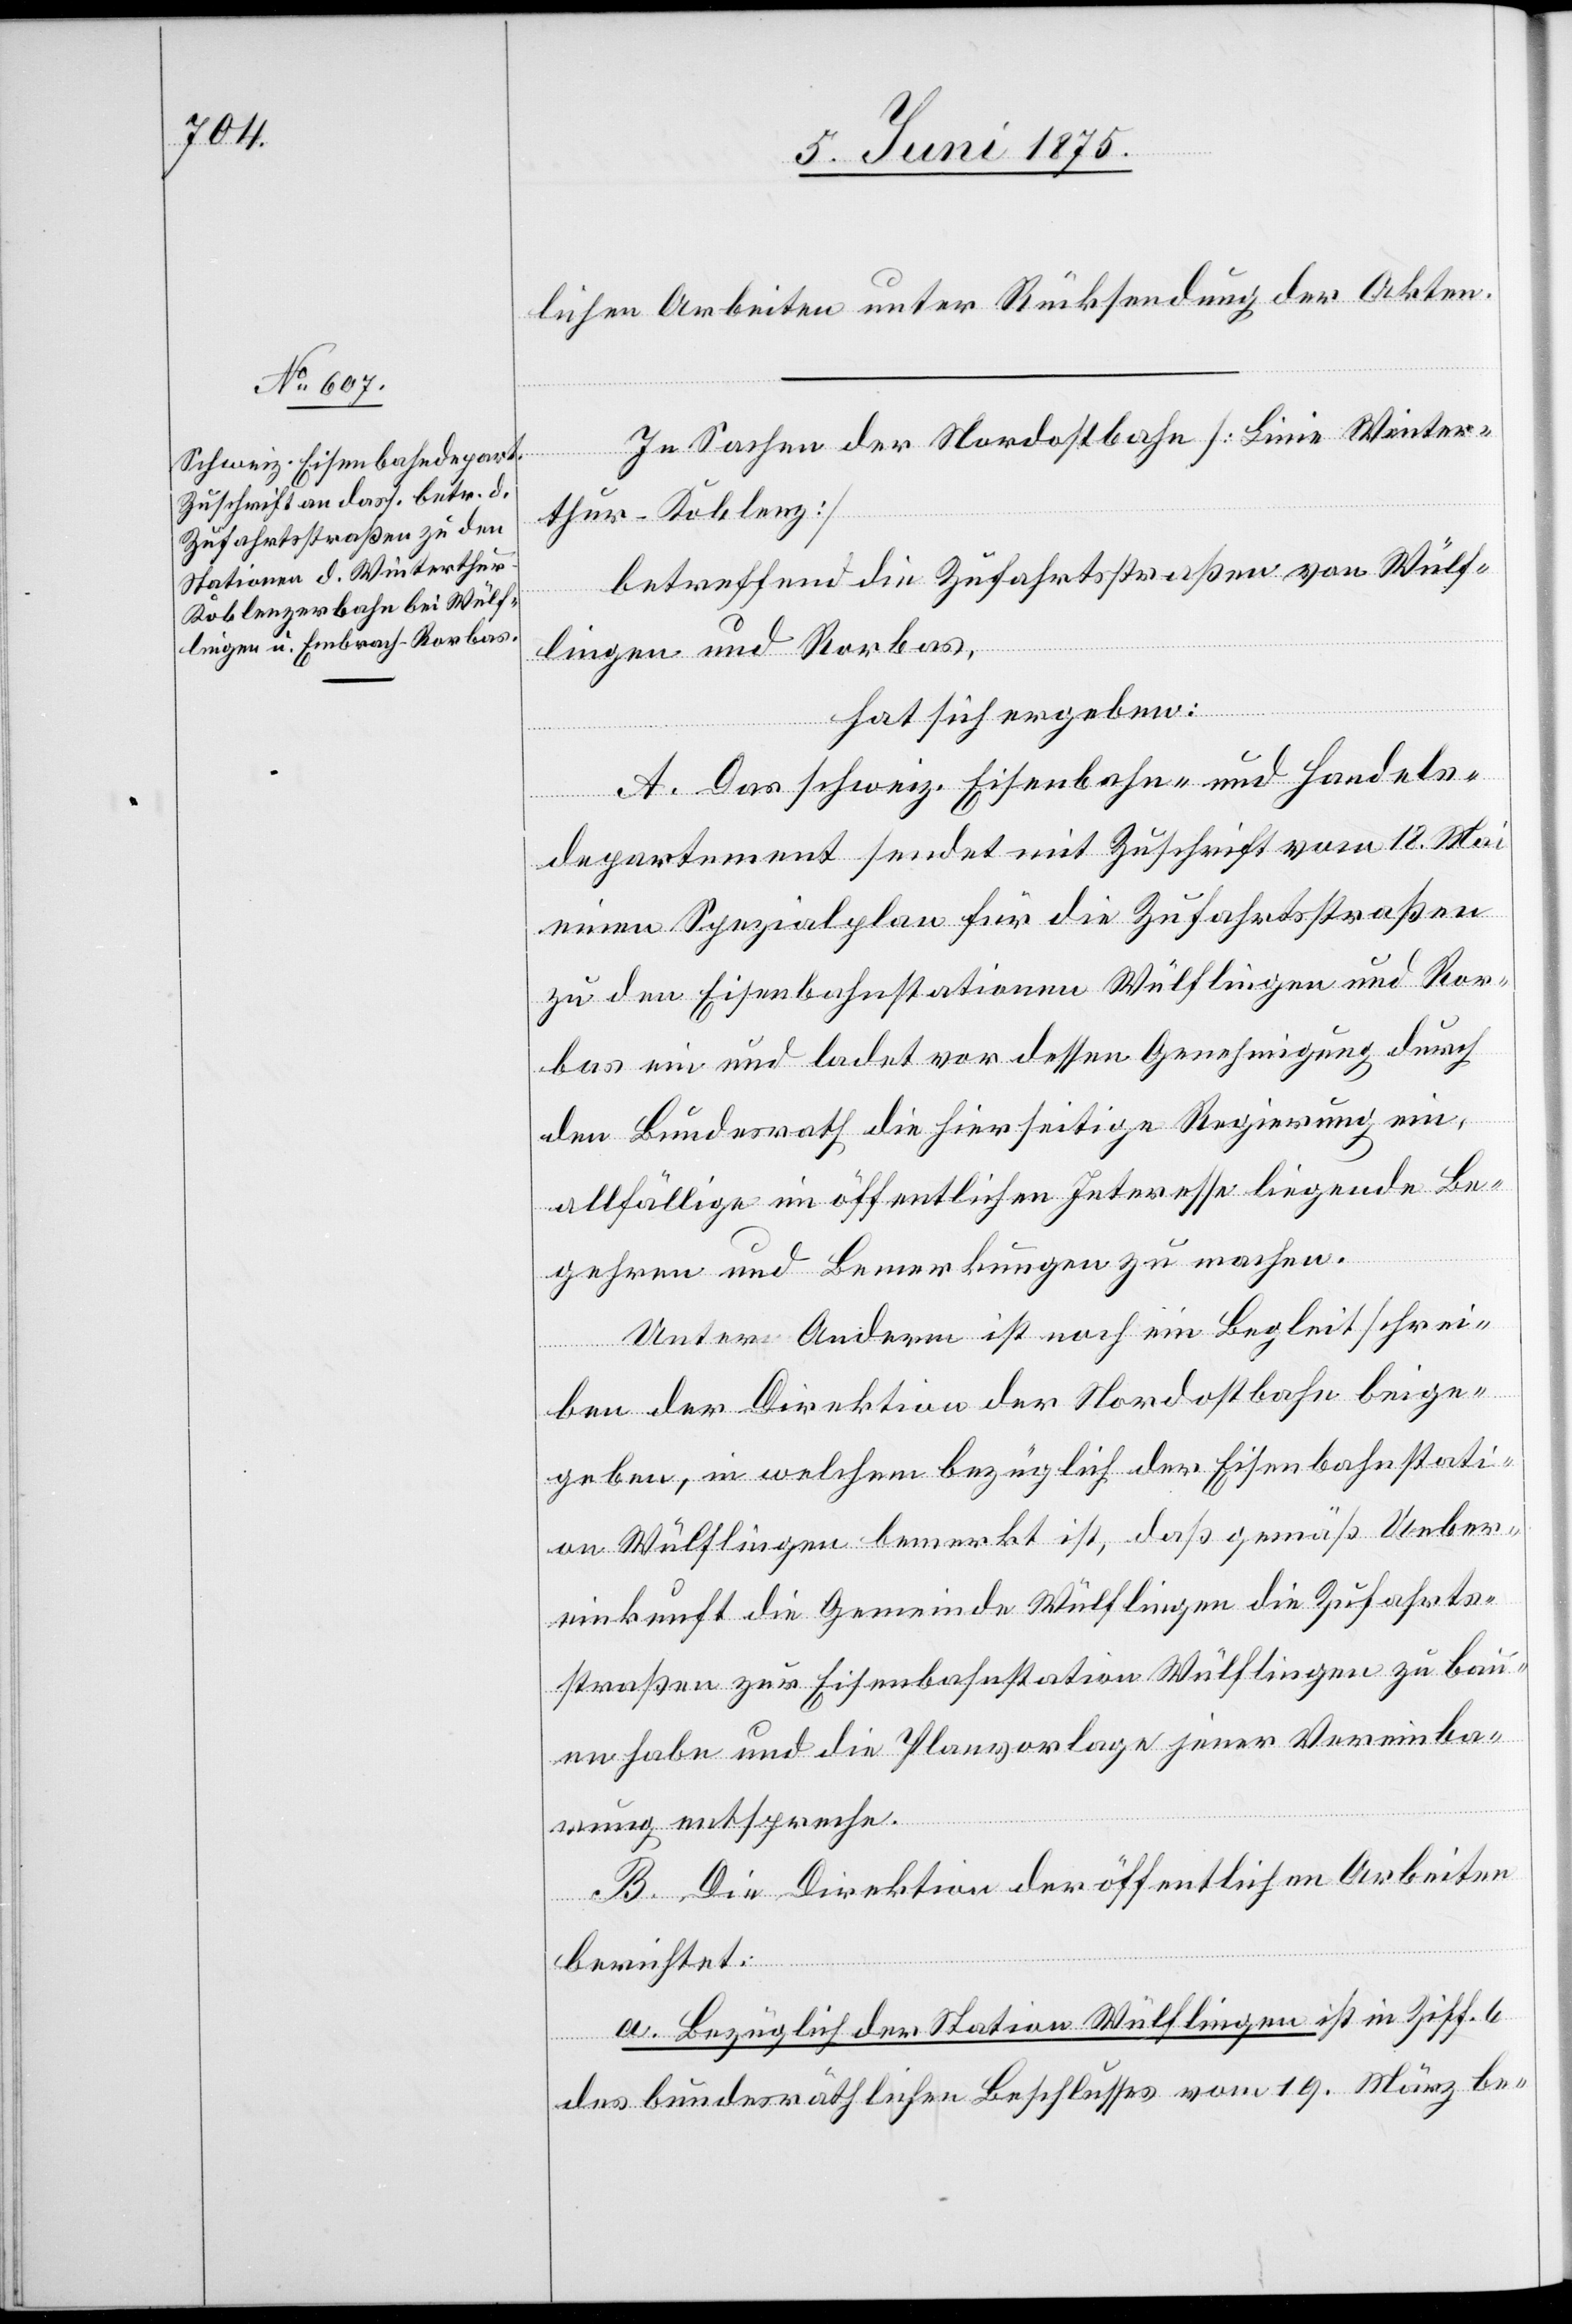
lichen Arbeiten unter Rücksendung der Akten.
In Sachen der Nordostbahn [Linie Winter¬
thur–Koblenz]
betreffend die Zufahrtsstraßen von Wülf¬
lingen und Rorbas,
hat sich ergeben:
A. Das schweiz. Eisenbahn- und Handels¬
departement sendet mit Zuschrift vom 18. Mai
einen Spezialplan für die Zufahrtsstraßen
zu den Eisenbahnstationen Wülflingen und Ror¬
bas ein und ladet vor dessen Genehmigung durch
den Bundesrath die hierseitige Regierung ein,
allfällige im öffentlichen Interesse liegende Be¬
gehren und Bemerkungen zu machen.
Unter Anderm ist noch ein Begleitschrei¬
ben der Direktion der Nordostbahn beige¬
geben, in welchem bezüglich der Eisenbahnstati¬
on Wülflingen bemerkt ist, daß gemäß Ueber¬
einkunft die Gemeinde Wülflingen die Zufahrts¬
straßen zur Eisenbahnstation Wülflingen zu bau¬
en habe und die Planvorlage jener Vereinba¬
rung entspreche.
B. Die Direktion der öffentlichen Arbeiten
berichtet:
a. Bezüglich der Station Wülflingen ist in Ziff. 6
des bundesräthlichen Beschlusses vom 19. März be-